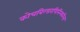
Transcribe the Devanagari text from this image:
कोचबिल्डरपिनिन्फरिना